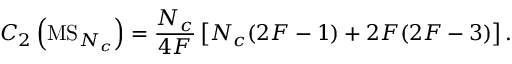
C _ { 2 } \left( \mathrm { M S } _ { N _ { c } } \right) = \frac { N _ { c } } { 4 F } \left[ N _ { c } ( 2 F - 1 ) + 2 F ( 2 F - 3 ) \right] .